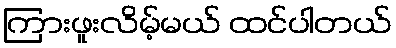
ကြားဖူးလိမ့်မယ် ထင်ပါတယ်